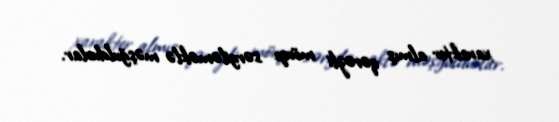
xarakter almış qərəzli mövqe sərgiləməklə məşğuldurlar.